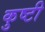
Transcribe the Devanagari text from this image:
कुष्टी